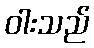
ဝါးသည်